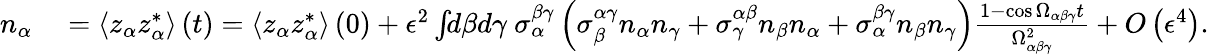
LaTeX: \begin{array}{rl}{n_{\alpha}}&{{}=\left\langle z_{\alpha}z_{\alpha}^{*}\right\rangle\left(t\right)=\left\langle z_{\alpha}z_{\alpha}^{*}\right\rangle\left(0\right)+\epsilon^{2}\int\! \! d\beta d\gamma\ \sigma_{\alpha}^{\beta\gamma}\left(\sigma_{\beta}^{\alpha\gamma}n_{\alpha}n_{\gamma}+\sigma_{\gamma}^{\alpha\beta}n_{\beta}n_{\alpha}+\sigma_{\alpha}^{\beta\gamma}n_{\beta}n_{\gamma}\right)\frac{1-\cos\Omega_{\alpha\beta\gamma}t}{\Omega_{\alpha\beta\gamma}^{2}}+O\left(\epsilon^{4}\right).}\end{array}